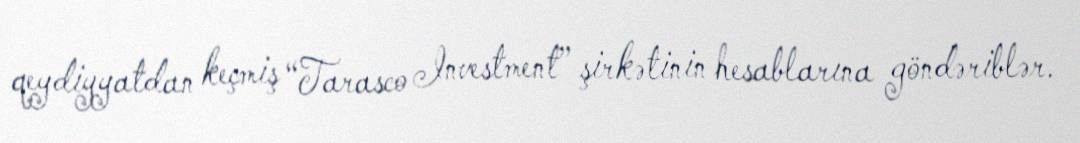
qeydiyyatdan keçmiş “Tarasco Investment” şirkətinin hesablarına göndəriblər.